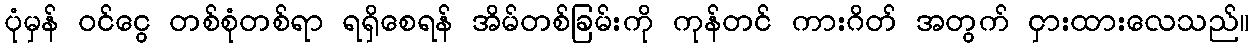
ပုံမှန် ဝင်ငွေ တစ်စုံတစ်ရာ ရရှိစေရန် အိမ်တစ်ခြမ်းကို ကုန်တင် ကားဂိတ် အတွက် ငှားထားလေသည်။